Vaccination in Bombay 1913-1923 - 1913-1923
Year: 1913
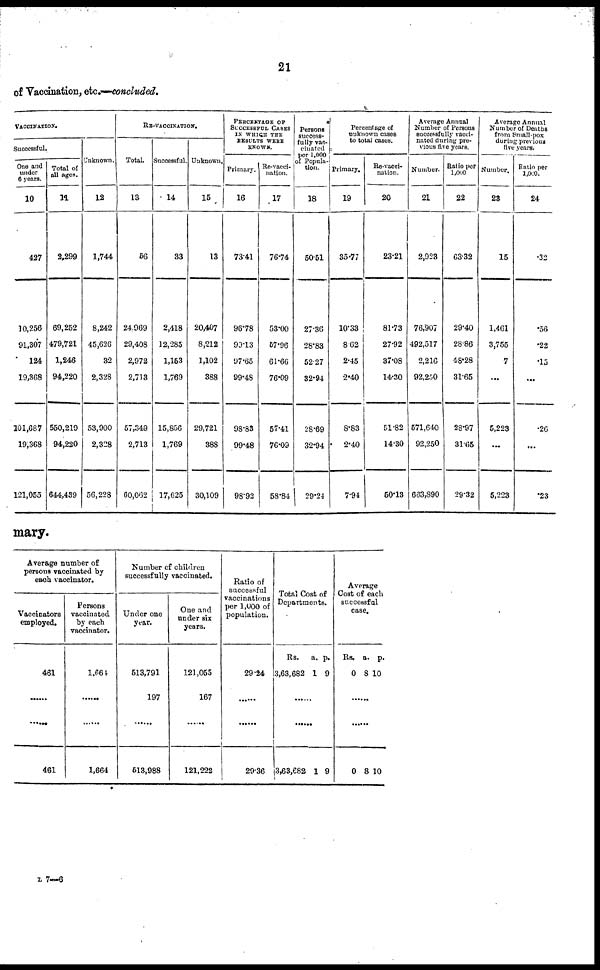
21
of Vaccination, etc.—concluded.
VACCINATION.
Successful.
One and
under
6 years.
10
427
10,256
91,307
124
19,368
101,687
19,368
121,055
Total of
all ages.
11
2,299
69,252
479,721
1,246
94,220
550,219
94,220
644,439
Unknown.
12
1,744
8,242
45,626
32
2,328
53,900
2,328
56,228
RE-VACCINATION.
Total.
13
56
24,969
29,408
2,972
2,713
57,349
2,713
60,062
Successful.
14
33
2,418
12,285
1,153
1,769
15,856
1,769
17,625
Unknown.
15
13
20,407
8,212
1,102
388
29,721
388
30,109
PERCENTAGE OF
SUCCESSFUL CASES
IN WHICH THE
RESULTS WERE
KNOWN.
Primary.
16
73.41
96.78
99.13
97.65
99.48
98.83
99.48
98.92
Re-vacci-
nation.
17
76.74
53.00
57.96
61.66
76.09
57.41
76.09
58.84
Persons
success-
fully vac-
cinated
per 1,000
of Popula-
tion.
18
50.51
27.36
28.83
52.27
32.94
28.69
32.94
29.24
Percentage of
unknown cases
to total cases.
Primary.
19
35.77
10.33
8.62
2.45
2.40
8.83
2.40
7.94
Re-vacci-
nation.
20
23.21
81.73
27.92
37.08
14.30
51.82
14.30
50.13
Average Annual
Number of Persons
successfully vacci-
nated during pre-
vious five years.
Number.
21
2,923
76,907
492,517
2,216
92,250
571,640
92,250
663,890
Ratio per
1,000
22
63.32
29.40
28.86
48.28
31.65
28.97
31.65
29.32
Average Annual
Number of Deaths
from Small-pox
during previous
five years.
Number.
23
15
1,461
3,755
7
...
5,223
...
5,223
Ratio per
1,000.
24
.32
.56
.22
.15
...
.26
...
.23
mary.
Average number of
persons vaccinated by
each vaccinator.
Vaccinators
employed.
461
......
......
461
Persons
vaccinated
by each
vaccinator.
1,664
......
......
1,664
Number of children
successfully vaccinated.
Under one
year.
513,791
197
......
513,988
One and
under six
years.
121,055
167
......
121,222
Ratio of
successful
vaccinations
per 1,000 of
population.
29.24
......
......
29.36
Total Cost of
Departments.
Rs.
3,63,682
a.
1
p.
9
......
......
3,63,682 1 9
Average
Cost of each
successful
case.
Rs.
0
a.
8
p.
10
......
......
0 8 10
L 7—6